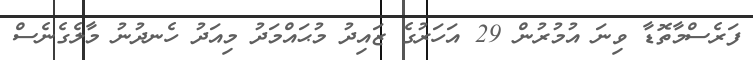
ފަރެސްމާތޮޑާ ވިނަ އުމުރުން 29 އަހަރުގެ ޒައިދު މުޙައްމަދު މިއަދު ހެނދުނު މާލެގެނެސް